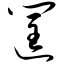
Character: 筐